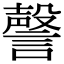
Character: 謦